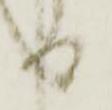
る